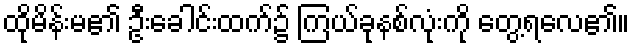
ထိုမိန်းမ၏ ဦးခေါင်းထက်၌ ကြယ်ခုနစ်လုံးကို တွေ့ရလေ၏။